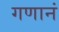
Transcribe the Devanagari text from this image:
गणानं